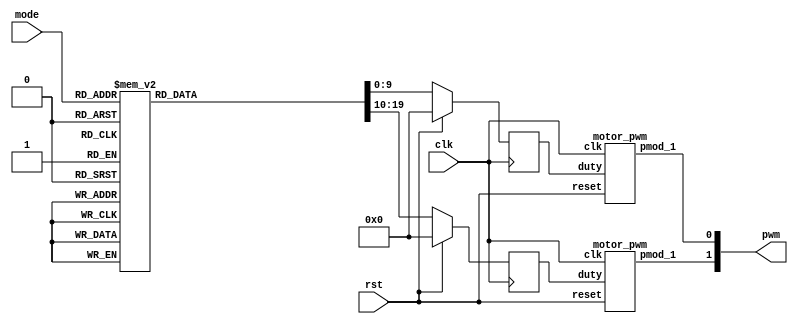
module motor(
    input clk,
    input rst,
    input [2 :0]mode,
    output  [1:0]pwm
);

    reg [9:0]next_left_motor, next_right_motor;
    reg [9:0]left_motor, right_motor;
    wire left_pwm, right_pwm;

    motor_pwm m0(clk, rst, left_motor, left_pwm);
    motor_pwm m1(clk, rst, right_motor, right_pwm);
    
    always@(posedge clk)begin
        if(rst)begin
            left_motor <= 10'd0;
            right_motor <= 10'd0;
        end else begin
            left_motor <= next_left_motor;
            right_motor <= next_right_motor;
        end
    end
    
    // [TO-DO] take the right speed for different situation
    parameter MAX = 8'b10000000,//50% duty
		  HALF= 8'b01000000,//25% duty
		  OFF = 8'b00000000;//0% duty
    parameter [2:0] STOP = 3'b000, TR = 3'b001, STR = 3'b010, TR_min = 3'b011, TL = 3'b100, STR_fail=3'b101,TL_min=3'b110, STRR = 3'b111;
    always@(*)begin
        case(mode)
    STOP: begin
    //at a "T" intersection 
    next_right_motor <= MAX; //|ASTOP
    next_left_motor <= MAX;
    end
    TR:begin
    //drifting to the right
    next_right_motor <= OFF;
    next_left_motor <= MAX;
    end
    STR:begin
    //ERROR (ignore)
    next_right_motor <= MAX;
    next_left_motor <= MAX;
    end
    TR_min:begin
    //went too far to the right
    next_right_motor <= HALF;
    next_left_motor <= MAX;
    end
    TL:begin
    //drifting to the left
    next_right_motor <= MAX;
    next_left_motor <= OFF;
    end
    STR_fail:begin
    //running in the middle
    next_right_motor <= MAX;
    next_left_motor <= MAX;
    end
    TL_min:begin
    //went too far to the left
    next_right_motor <= MAX;
    next_left_motor <= HALF;
    end
    STRR:begin
    //end of the line
    next_right_motor <= MAX;
    next_left_motor <= MAX;
    end
    
    endcase
    end


    assign pwm = {left_pwm, right_pwm};
endmodule

module motor_pwm (
    input clk,
    input reset,
    input [9:0]duty,
	output pmod_1 //PWM
);
        
    PWM_gen pwm_0 ( 
        .clk(clk), 
        .reset(reset), 
        .freq(32'd25000),
        .duty(duty), 
        .PWM(pmod_1)
    );

endmodule

//generte PWM by input frequency & duty
module PWM_gen (
    input wire clk,
    input wire reset,
	input [31:0] freq,
    input [9:0] duty,
    output reg PWM
);
    wire [31:0] count_max = 32'd100_000_000 / freq;
    wire [31:0] count_duty = count_max * duty / 32'd1024;
    reg [31:0] count;
        
    always @(posedge clk, posedge reset) begin
        if (reset) begin
            count <= 32'b0;
            PWM <= 1'b0;
        end else if (count < count_max) begin
            count <= count + 32'd1;
            if(count < count_duty)
                PWM <= 1'b1;
            else
                PWM <= 1'b0;
        end else begin
            count <= 32'b0;
            PWM <= 1'b0;
        end
    end
endmodule